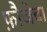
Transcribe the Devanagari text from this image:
फ़ौजेचा